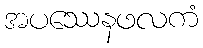
အပဿေနဖလကံ